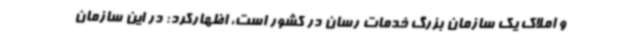
و املاک یک سازمان بزرگ خدمات رسان در کشور است، اظهارکرد: در این سازمان